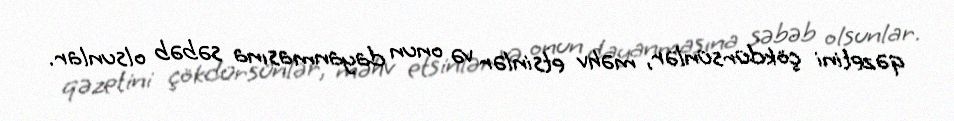
qəzetini çökdürsünlər, məhv etsinlər və onun dayanmasına səbəb olsunlar.